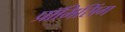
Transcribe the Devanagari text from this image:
प्रॉमिसिंग